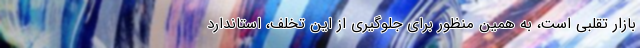
بازار تقلبی است، به همین منظور برای جلوگیری از این تخلف، استاندارد